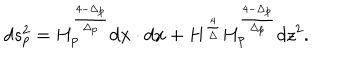
d s _ { p } ^ { 2 } = H _ { p } ^ { \frac { 4 - \Delta _ { p } } { \Delta _ { p } } } d { \bf x } \cdot d { \bf x } + H ^ { \frac { 4 } { \Delta } } H _ { p } ^ { \frac { 4 - \Delta _ { p } } { \Delta _ { p } } } d z ^ { 2 } .